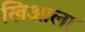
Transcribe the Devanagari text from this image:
खिआला